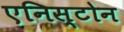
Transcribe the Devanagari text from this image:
एनिस्टोन